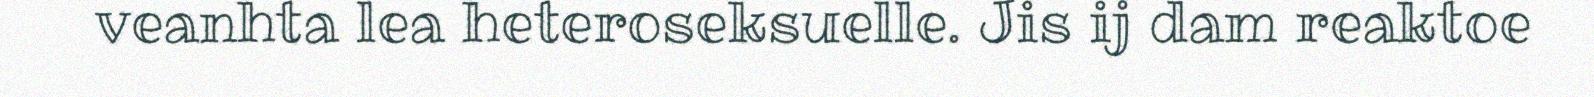
veanhta lea heteroseksuelle. Jis ij dam reaktoe